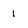
Character: 1